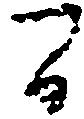
間